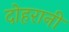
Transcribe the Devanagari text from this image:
दोहरानी